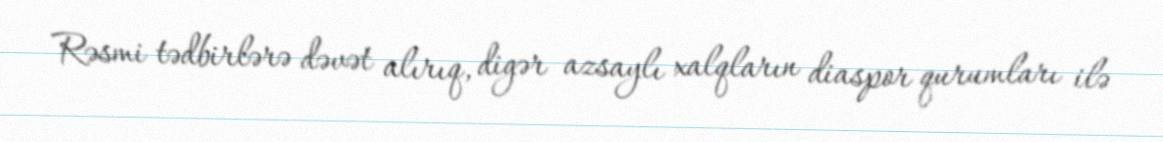
Rəsmi tədbirlərə dəvət alırıq, digər azsaylı xalqların diaspor qurumları ilə